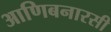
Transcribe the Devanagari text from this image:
आणिबनारसी